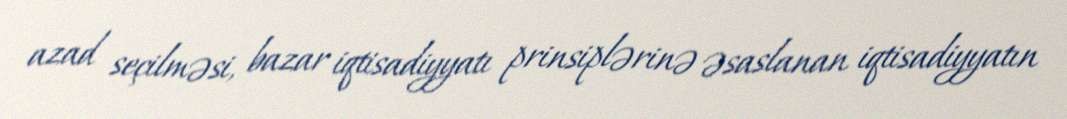
azad seçilməsi, bazar iqtisadiyyatı prinsiplərinə əsaslanan iqtisadiyyatın